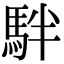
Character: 𩢔